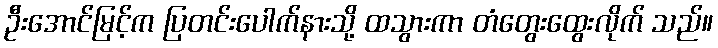
ဦးအောင်မြင့်က ပြတင်းပေါက်နားသို့ ထသွားကာ တံတွေးထွေးလိုက် သည်။